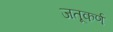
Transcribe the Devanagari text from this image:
जतूकर्ण